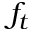
f _ { t }